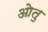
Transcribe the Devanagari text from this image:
ओतु